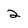
Character: 2